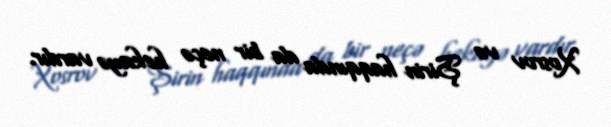
Xosrov və Şirin haqqında da bir neçə hekayə vardır.